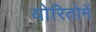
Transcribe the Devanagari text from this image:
योरितोमें